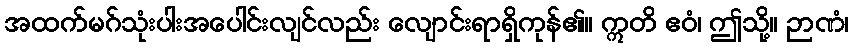
အထက်မဂ်သုံးပါးအပေါင်းလျင်လည်း လျောင်းရာရှိကုန်၏။ ဣတိ ဧဝံ၊ ဤသို့။ ဉာဏံ၊